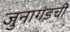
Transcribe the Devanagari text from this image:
जुनागडची